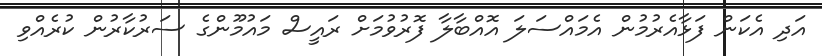
އަދި އެކަން ފަޅާއެރުމުން އެމައްސަލަ އޮއްބާލާ ފޮރުވުމަށް ރައީސް މައުމޫންގެ ސަރުކާރުން ކުރެއްވި